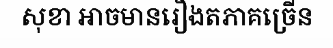
សុខា អាចមានរឿងតភាគច្រើន